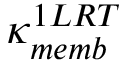
\kappa _ { m e m b } ^ { 1 L R T }